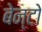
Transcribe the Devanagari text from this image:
बेन्टो